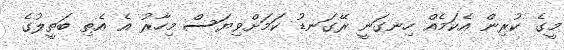
މީގެ ކުރިން އެކަމެއް ހިނގަނީ ރޭގަނޑު ކަމަށްވިޔަސް މިހާރު އެ އެތި ބަތީލުގެ